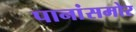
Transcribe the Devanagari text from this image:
पानांसमोर